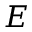
E